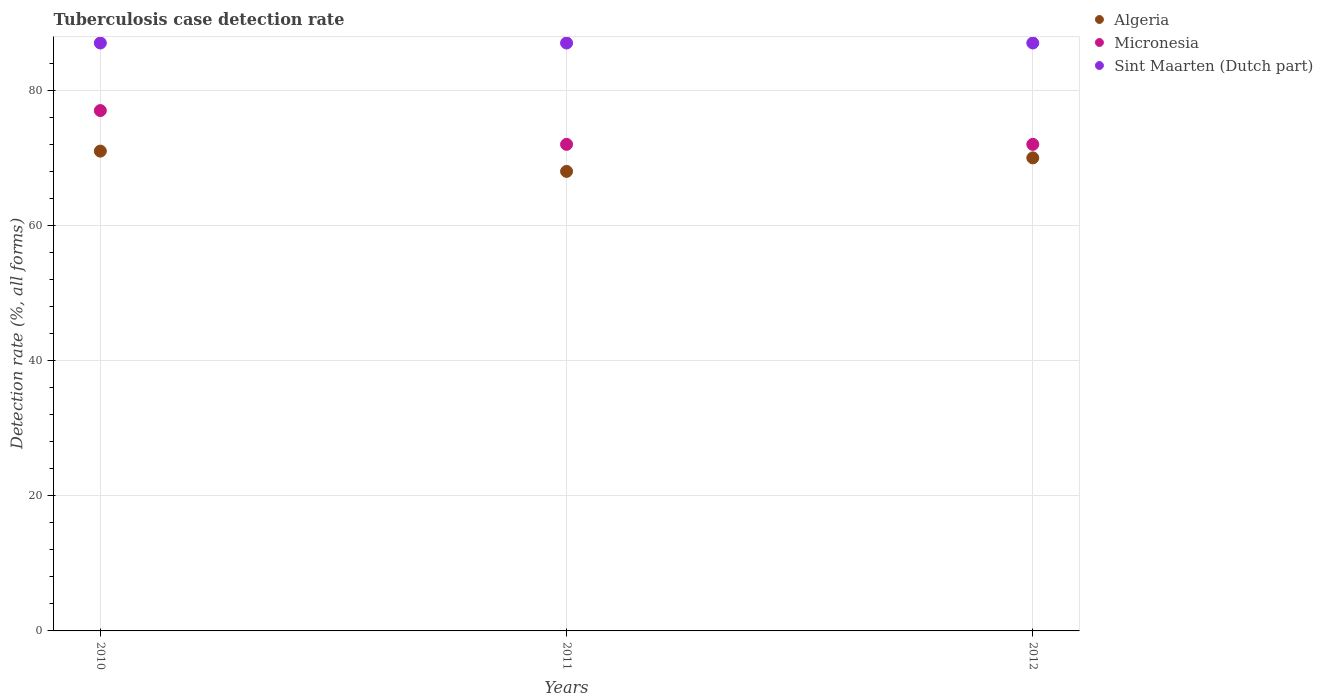
| Years | Algeria | Micronesia | Sint Maarten (Dutch part) |
 | --- | --- | --- | --- |
 | 2010 | 71 | 77 | 87 |
 | 2011 | 68 | 72 | 87 |
 | 2012 | 70 | 72 | 87 |